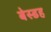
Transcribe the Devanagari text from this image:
बेस्डह